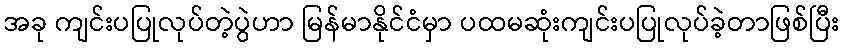
အခု ကျင်းပပြုလုပ်တဲ့ပွဲဟာ မြန်မာနိုင်ငံမှာ ပထမဆုံးကျင်းပပြုလုပ်ခဲ့တာဖြစ်ပြီး